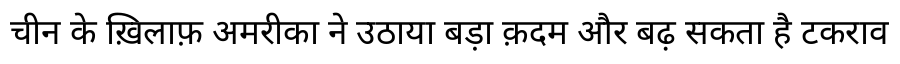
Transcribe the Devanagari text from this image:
चीन के ख़िलाफ़ अमरीका ने उठाया बड़ा क़दम और बढ़ सकता है टकराव